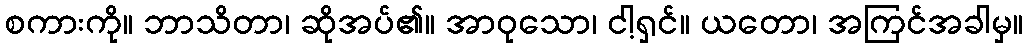
စကားကို။ ဘာသိတာ၊ ဆိုအပ်၏။ အာဝုသော၊ ငါ့ရှင်။ ယတော၊ အကြင်အခါမှ။